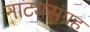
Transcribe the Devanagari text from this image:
नाट्यसंग्रह